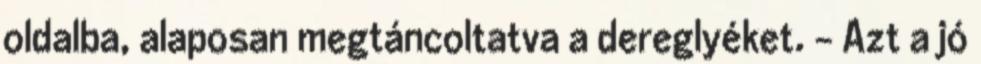
oldalba, alaposan megtáncoltatva a dereglyéket. - Azt a jó